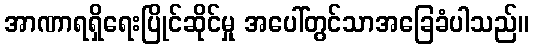
အာဏာရရှိရေးပြိုင်ဆိုင်မှု အပေါ်တွင်သာအခြေခံပါသည်။